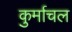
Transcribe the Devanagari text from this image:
कुर्माचल